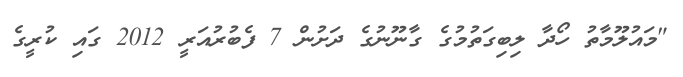
"މައުލޫމާތު ހޯދާ ލިބިގަތުމުގެ ގާނޫނުގެ ދަށުން 7 ފެބުރުއަރީ 2012 ގައި ކުރީގެ